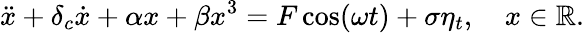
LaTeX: \ddot{x}+\delta_{c}\dot{x}+\alpha{x}+\beta x^{3}=F\cos(\omega t)+\sigma\eta_{t},\quad x\in\mathbb{R}.